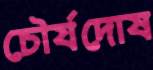
চৌর্যদোষ